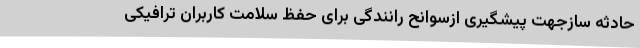
حادثه سازجهت پیشگیری ازسوانح رانندگی برای حفظ سلامت کاربران ترافیکی